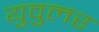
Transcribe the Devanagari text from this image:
युवुलर